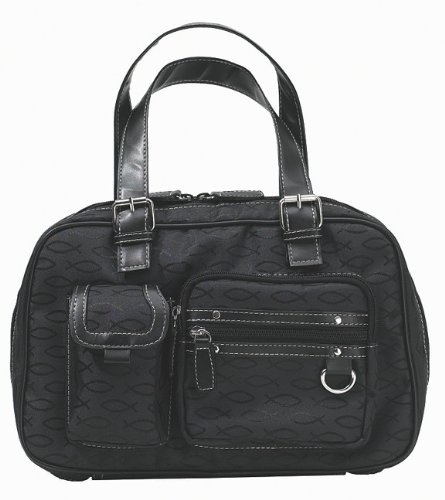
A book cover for Fish Jacquard Belt Pocket Bible Cover; White Dove Designs; Christian Books & Bibles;